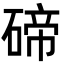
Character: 碲